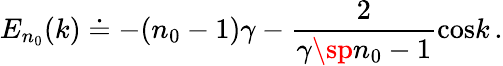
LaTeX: E_{n_{0}}(k)\doteq-(n_{0}-1)\gamma-{\frac{2}{\gamma\sp{n_{0}-1}}}\mathrm{cos}k\, .